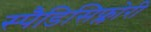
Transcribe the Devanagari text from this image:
स्पैडिसिफ्लोरी